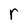
Character: r